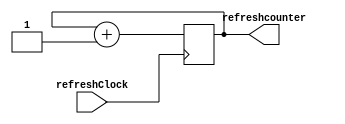
`timescale 1ns / 1ps
//////////////////////////////////////////////////////////////////////////////////
// Company: 
// Engineer: 
// 
// Design Name: 
// Module Name: refreshCounter
// Project Name: 
// Target Devices: 
// Tool Versions: 
// Description: 
// 
// Dependencies: 
// 
// Revision:
// Revision 0.01 - File Created
// Additional Comments:
// 
//////////////////////////////////////////////////////////////////////////////////


module refreshCounter(
input refreshClock,
output reg[1:0] refreshcounter=0

    );
    always@(posedge refreshClock)
    refreshcounter <= refreshcounter +1;// counts from 0-3
endmodule